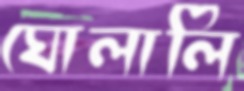
ঘোলালি